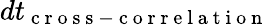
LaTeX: dt_{\mathrm{~c~r~o~s~s~-~c~o~r~r~e~l~a~t~i~o~n~}}